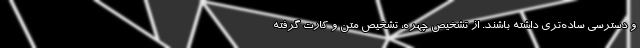
و دسترسی ساده‌تری داشته باشند. از تشخیص چهره، تشخیص متن و کارت گرفته